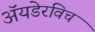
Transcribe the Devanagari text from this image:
ॲयडेरविच